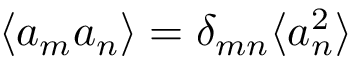
\langle a _ { m } a _ { n } \rangle = \delta _ { m n } \langle a _ { n } ^ { 2 } \rangle